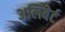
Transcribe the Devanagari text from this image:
अलिबेर्ट